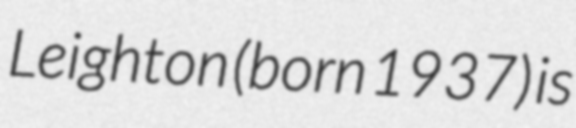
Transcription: Leighton (born 1937) is